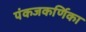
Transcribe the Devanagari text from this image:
पंकजकर्णिका